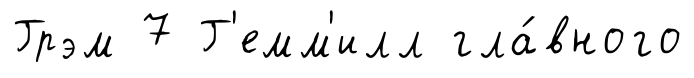
Грэм 7 Г'емм'илл гла́вного